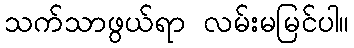
သက်သာဖွယ်ရာ လမ်းမမြင်ပါ။